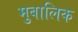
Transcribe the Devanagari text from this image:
मुबालिक